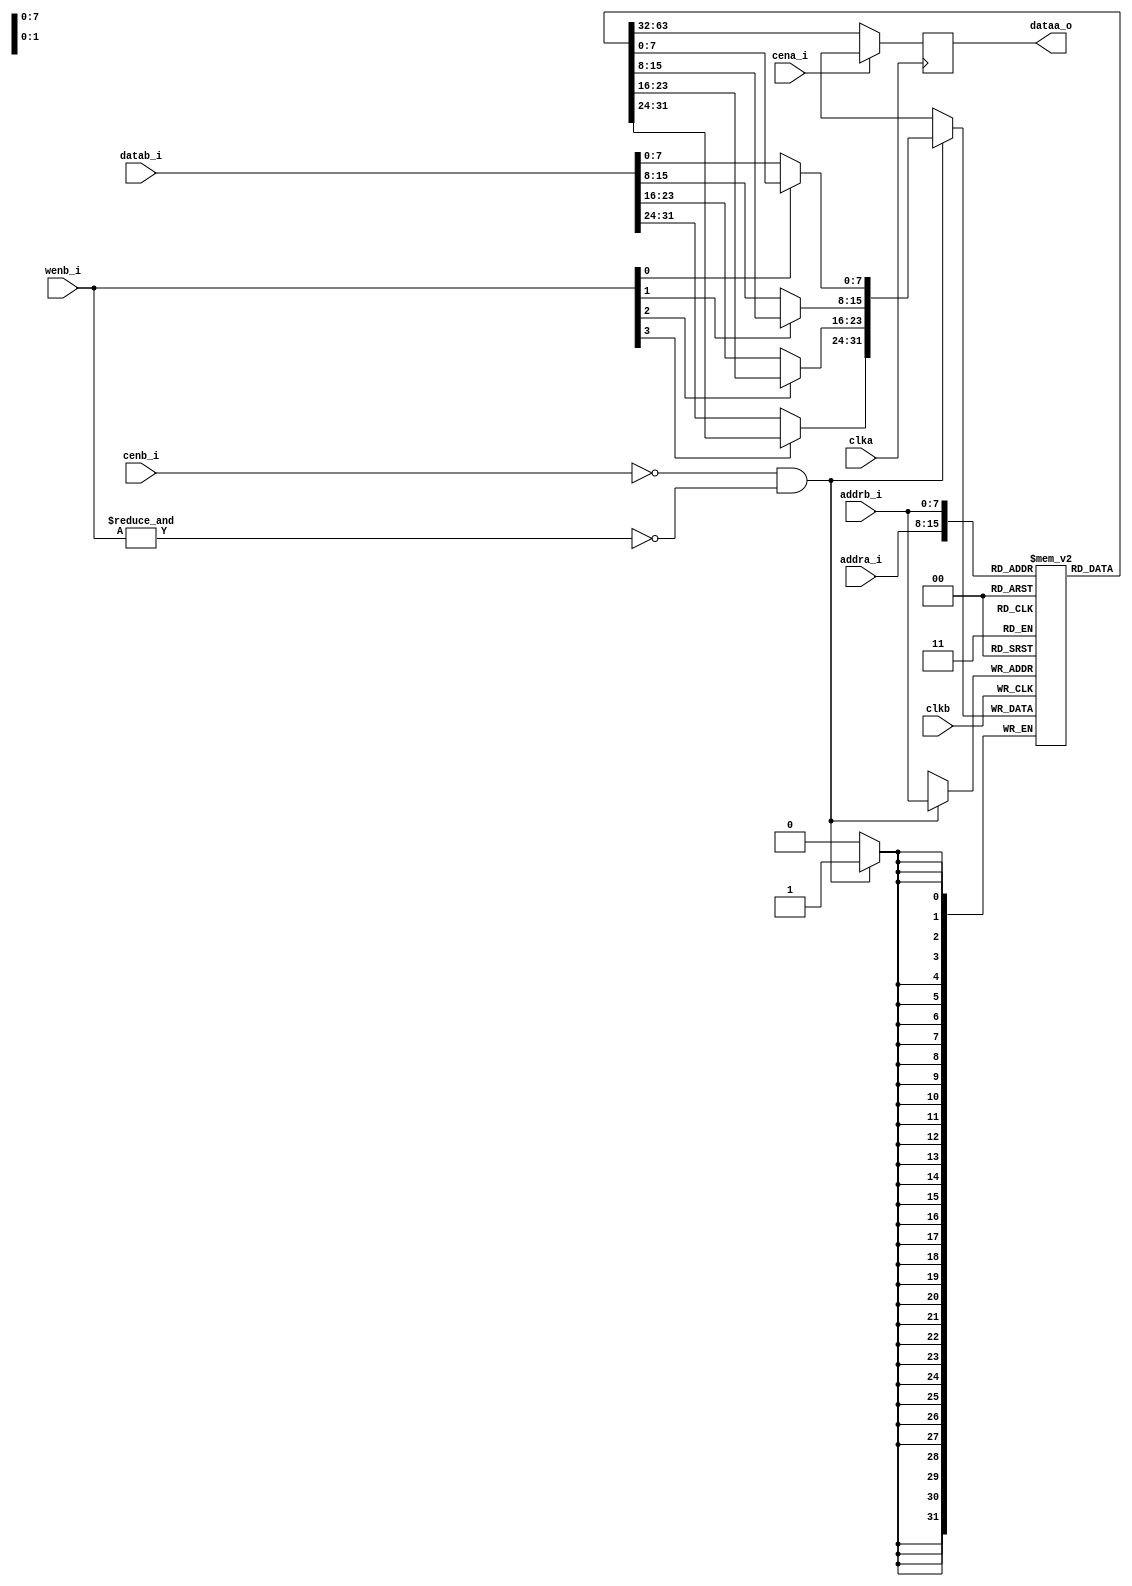
module rf_2p_be (
				clka    ,  
				cena_i  ,
		        addra_i ,
		        dataa_o ,
				clkb    ,     
				cenb_i  ,   
				wenb_i  ,   
				addrb_i	,  
				datab_i
);

// ********************************************
//                                             
//    Parameter DECLARATION                    
//                                             
// ********************************************
parameter     		Word_Width=32;
parameter	  		Addr_Width=8;
parameter			Byte_Width=(Word_Width>>3);

// ********************************************
//                                             
//    Input/Output DECLARATION                    
//                                             
// ********************************************
// A port
input                     clka;      // clock input
input   		          cena_i;    // chip enable, low active
input   [Addr_Width-1:0]  addra_i;   // address input
output	[Word_Width-1:0]  dataa_o;   // data output

// B Port
input                     clkb;      // clock input                     
input   		          cenb_i;    // chip enable, low active      
input   [Byte_Width-1:0]  wenb_i;    // write enable, low active       
input   [Addr_Width-1:0]  addrb_i;   // address input                   
input   [Word_Width-1:0]  datab_i;   // data input                     

// ********************************************
//                                             
//    Register DECLARATION                 
//                                             
// ********************************************
reg    [Word_Width-1:0]   mem_array[(1<<Addr_Width)-1:0];

// ********************************************
//                                             
//    Wire DECLARATION                 
//                                             
// ********************************************
reg	   [Word_Width-1:0]  dataa_r;

reg	   [Word_Width-1:0]  datab_w;
wire   [Word_Width-1:0]  datab_m;
// ********************************************
//                                             
//    Logic DECLARATION                 
//                                             
// ********************************************
// -- A Port --//
always @(posedge clka) begin
	if (!cena_i)
		dataa_r <= mem_array[addra_i];
	else
		dataa_r <= 'bx;
end

assign dataa_o = dataa_r;

// -- B Port --//
assign datab_m = mem_array[addrb_i];

genvar j;
generate
	for (j=0; j<Byte_Width; j=j+1) begin:j_n
		always@(*) begin
			datab_w[(j+1)*8-1:j*8] = wenb_i[j] ? datab_m[(j+1)*8-1:j*8]:datab_i[(j+1)*8-1:j*8];
		end
	end
endgenerate

always @(posedge clkb) begin                
	if(!cenb_i && !(&wenb_i)) 
		mem_array[addrb_i] <= datab_w;
end

endmodule